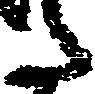
た